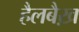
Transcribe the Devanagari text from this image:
हैलबैख़